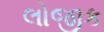
લોજીક